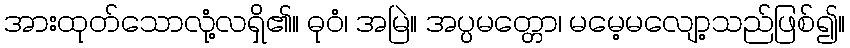
အားထုတ်သောလုံ့လရှိ၏။ ဓုဝံ၊ အမြဲ။ အပ္ပမတ္တော၊ မမေ့မလျော့သည်ဖြစ်၍။